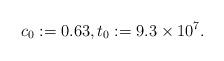
LaTeX: \begin{align*}c_0 :=0.63,t_0 := 9.3\times 10^7.\end{align*}